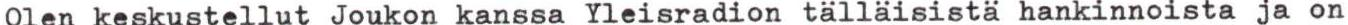
Olen keskustellut Joukon kanssa Yleisradion tälläisistä hankinnoista ja on